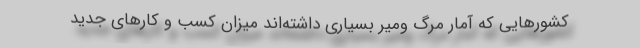
کشورهایی که‌ آمار مرگ ومیر بسیاری داشته‌اند میزان کسب و کارهای جدید